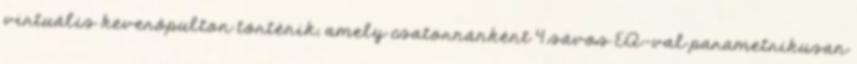
virtuális keverôpulton történik, amely csatornánként 4 sávos EQ-val parametrikusan